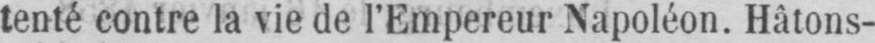
tenté contre la vie de l’Empereur Napoléon. Hâtons-